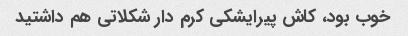
خوب بود، کاش پیرایشکی کرم دار شکلاتی هم داشتید